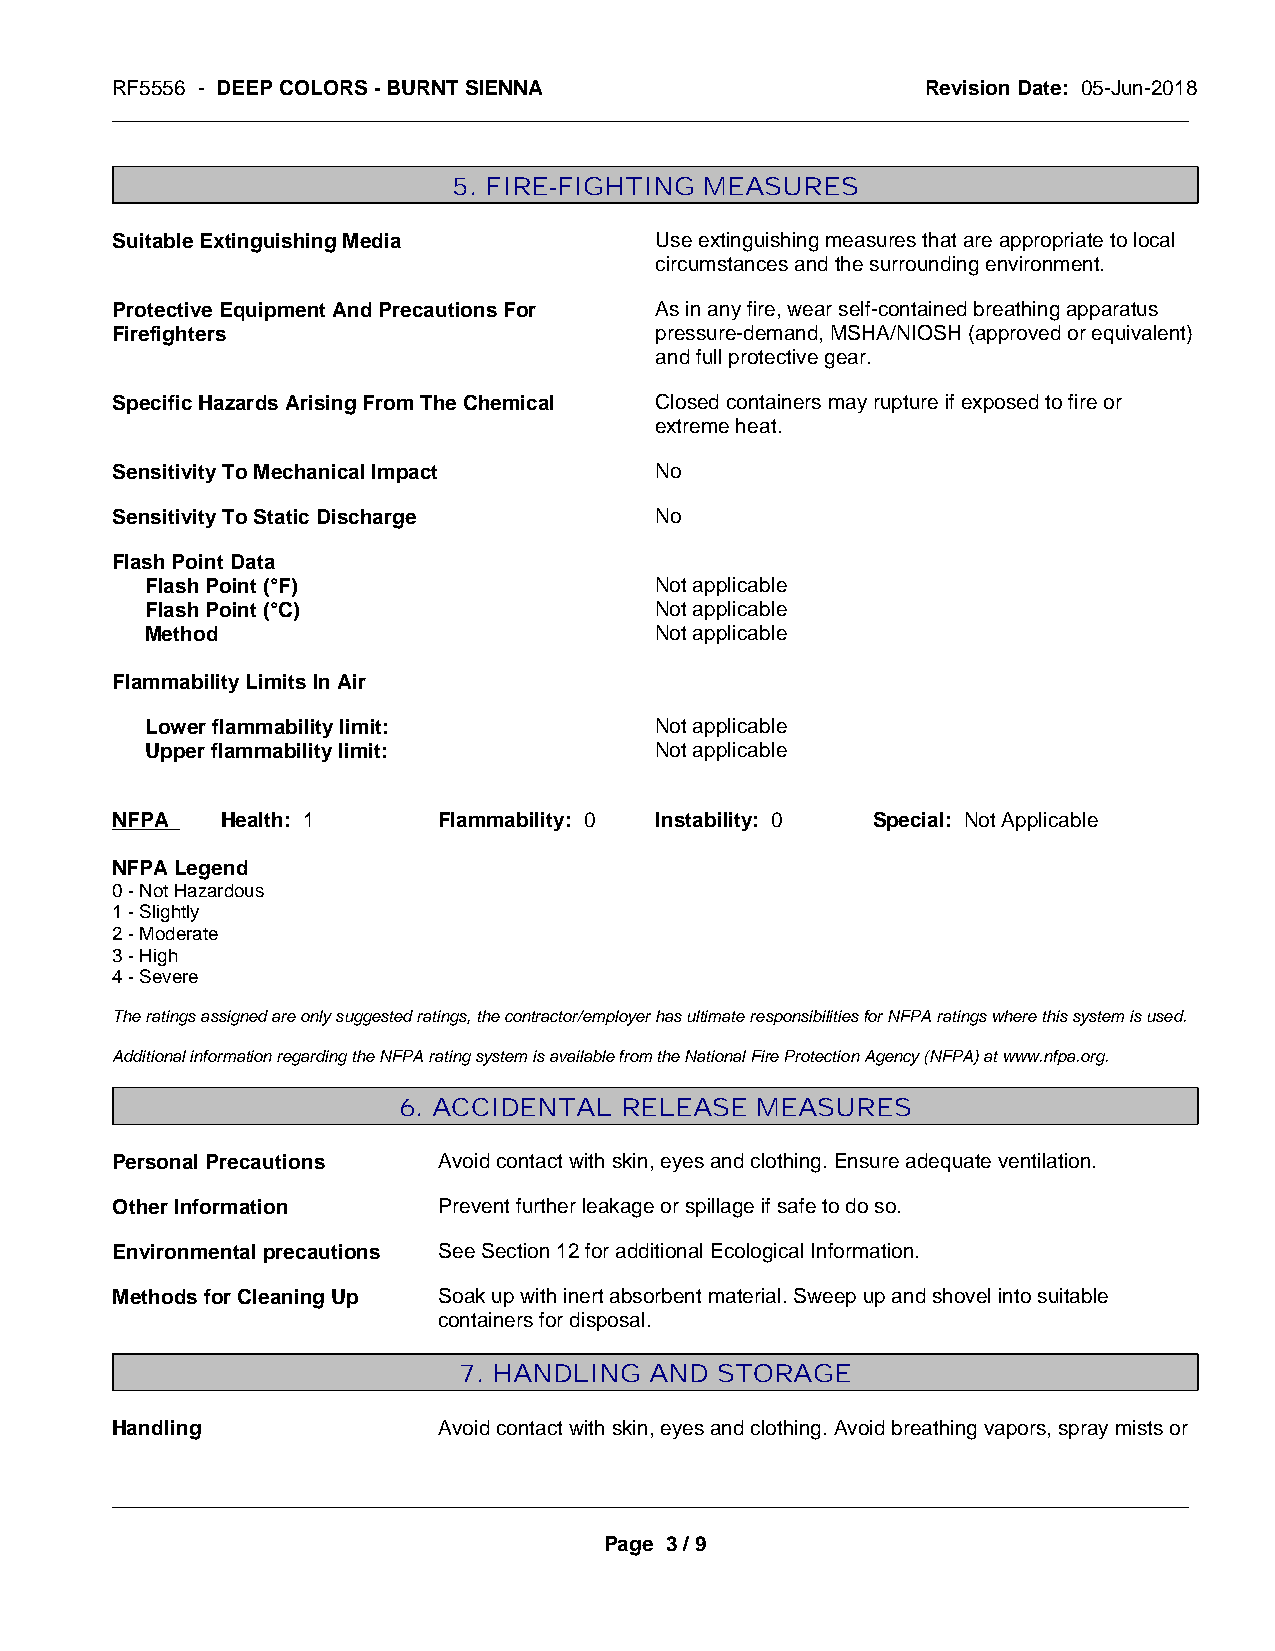
RF5556 - DEEP COLORS - BURNT SIENNA                   Revision Date: 05-Jun-2018
 _____________________________________________________________________________________________
 5. FIRE-FIGHTING MEASURES
 Suitable Extinguishing Media        Use extinguishing measures that are appropriate to local
 circumstances and the surrounding environment.
 Protective Equipment And Precautions For As in any fire, wear self-contained breathing apparatus
 Firefighters                        pressure-demand, MSHA/NIOSH (approved or equivalent)
 and full protective gear.
 Specific Hazards Arising From The Chemical Closed containers may rupture if exposed to fire or
 extreme heat.
 Sensitivity To Mechanical Impact    No
 Sensitivity To Static Discharge     No
 Flash Point Data
 Flash Point (°F)                 Not applicable
 Flash Point (°C)                 Not applicable
 Method                           Not applicable
 Flammability Limits In Air
 Lower flammability limit:        Not applicable
 Upper flammability limit:        Not applicable
 NFPA    Health: 1     Flammability: 0 Instability: 0 Special: Not Applicable
 NFPA Legend
 0 - Not Hazardous
 1 - Slightly
 2 - Moderate
 3 - High
 4 - Severe
 The ratings assigned are only suggested ratings, the contractor/employer has ultimate responsibilities for NFPA ratings where this system is used.
 Additional information regarding the NFPA rating system is available from the National Fire Protection Agency (NFPA) at www.nfpa.org.
 6. ACCIDENTAL  RELEASE  MEASURES
 Personal Precautions  Avoid contact with skin, eyes and clothing. Ensure adequate ventilation.
 Other Information     Prevent further leakage or spillage if safe to do so.
 Environmental precautions See Section 12 for additional Ecological Information.
 Methods for Cleaning Up Soak up with inert absorbent material. Sweep up and shovel into suitable
 containers for disposal.
 7. HANDLING  AND STORAGE
 Handling              Avoid contact with skin, eyes and clothing. Avoid breathing vapors, spray mists or
 _____________________________________________________________________________________________
 Page 3 / 9